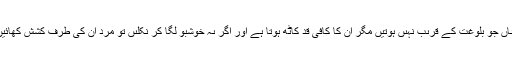
(امیرِ اہلسنَّتدَامَتْ بَرَکاتُہُمُ الْعَالِیَہ نے اِرشاد فرمایا : )اىسى لڑکىاں جو بُلُوغَت کے قرىب نہىں ہوتیں مگر ان کا کافی قد کاٹھ ہوتا ہے اور اگر ىہ خوشبو لگا کر نکلىں تو مَرد اُن کى طرف کَشِش کھائیں تو اِن کا بھی خوشبو لگا کر باہر نکلنے سے بچنا اچھا ہے ۔